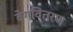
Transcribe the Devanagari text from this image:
वेगवितरण